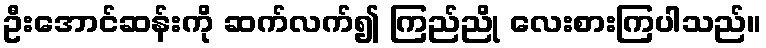
ဦးအောင်ဆန်းကို ဆက်လက်၍ ကြည်ညို လေးစားကြပါသည်။